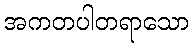
အကတပါတရာသော